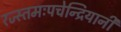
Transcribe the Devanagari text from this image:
रज्स्तमःपचेन्द्रियानी